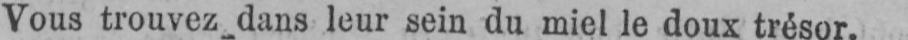
Vous trouvez_dans leur sein du miel le doux trésor.